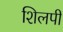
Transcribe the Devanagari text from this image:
शिलपी